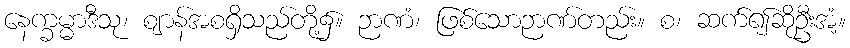
နေက္ခမ္မာဒီသု၊ ဈာန်အစရှိသည်တို့၌။ ဉာဏံ၊ ဖြစ်သောဉာဏ်တည်း။ စ၊ ဆက်၍ဆိုဦးအံ့။